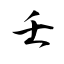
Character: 壬